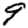
Digit: 9